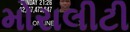
મોરાલીટી